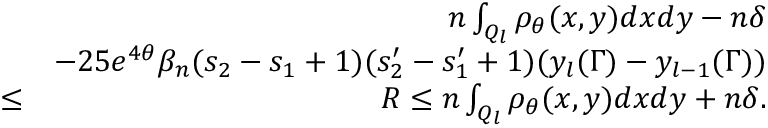
\begin{array} { r l r } & { } & { n \int _ { Q _ { l } } \rho _ { \theta } ( x , y ) d x d y - n \delta } \\ & { } & { - 2 5 e ^ { 4 \theta } \beta _ { n } ( s _ { 2 } - s _ { 1 } + 1 ) ( s _ { 2 } ^ { \prime } - s _ { 1 } ^ { \prime } + 1 ) ( y _ { l } ( \Gamma ) - y _ { l - 1 } ( \Gamma ) ) } \\ & { \leq } & { R \leq n \int _ { Q _ { l } } \rho _ { \theta } ( x , y ) d x d y + n \delta . } \end{array}